Annual report on the working of the Harcourt Butler Institute of Public Health, Rangoon
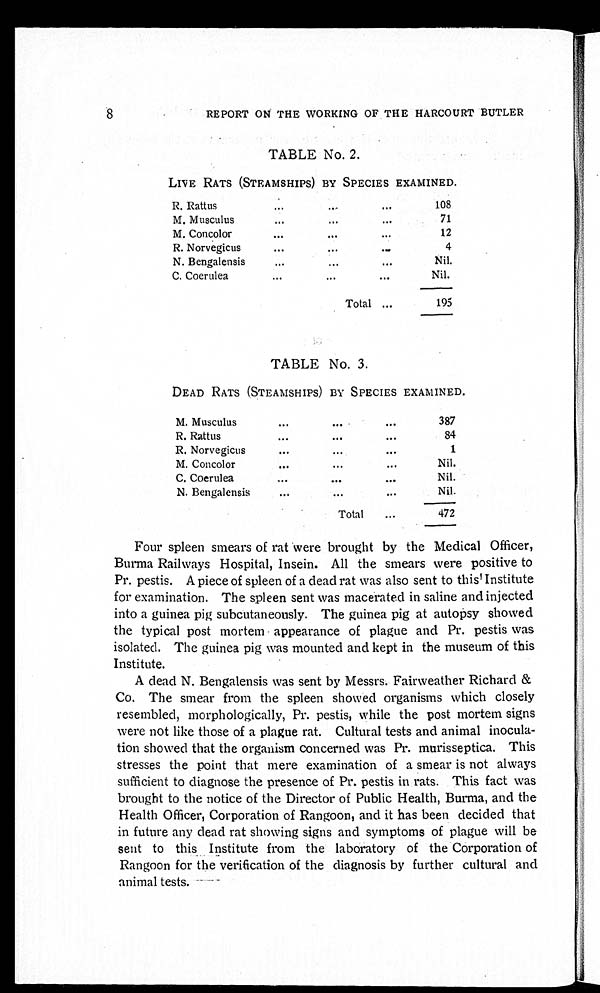
8
REPORT ON THE WORKING OF THE HARCOURT BUTLER
TABLE No. 2.
LIVE RATS (STEAMSHIPS) BY SPECIES EXAMINED.
R. Rattus . . .
108
M. Musculus . . .
71
M. Concolor . . .
12
R. Norvegicus . . .
4
N. Bengalensis . . .
Nil.
C. Coerulea . . .
Nil.
Total . . .
195
TABLE No. 3.
DEAD RATS (STEAMSHIPS) BY SPECIES EXAMINED.
M. Musculus . . .
387
R. Rattus . . .
84
R. Norvegicus . . .
1
M. Concolor . . .
Nil.
C. Coerulea . . .
Nil.
N. Bengalensis . . .
Nil.
Total . . .
472
Four spleen smears of rat were brought by the Medical Officer,
Burma Railways Hospital, Insein. All the smears were positive to
Pr. pestis. A piece of spleen of a dead rat was also sent to this Institute
for examination. The spleen sent was macerated in saline and injected
into a guinea pig subcutaneously. The guinea pig at autopsy showed
the typical post mortem appearance of plague and Pr. pestis was
isolated. The guinea pig was mounted and kept in the museum of this
Institute.
A dead N. Bengalensis was sent by Messrs. Fairweather Richard &
Co. The smear from the spleen showed organisms which closely
resembled, morphologically, Pr. pestis, while the post mortem signs
were not like those of a plague rat. Cultural tests and animal inocula--
tion showed that the organism concerned was Pr. murisseptica. This
stresses the point that mere examination of a smear is not always
sufficient to diagnose the presence of Pr. pestis in rats. This fact was
brought to the notice of the Director of Public Health, Burma, and the
Health Officer, Corporation of Rangoon, and it has been decided that
in future any dead rat showing signs and symptoms of plague will be
sent to this Institute from the laboratory of the Corporation of
Rangoon for the verification of the diagnosis by further cultural and
animal tests.